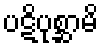
ပဋိပုစ္ဆာမိ